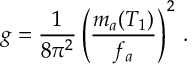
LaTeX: g = \frac { 1 } { 8 \pi ^ { 2 } } \left( \frac { m _ { a } ( T _ { 1 } ) } { f _ { a } } \right) ^ { 2 } \, .